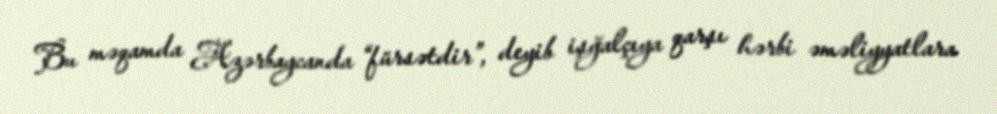
Bu məqamda Azərbaycanda “fürsətdir”, deyib işğalçıya qarşı hərbi əməliyyatlara